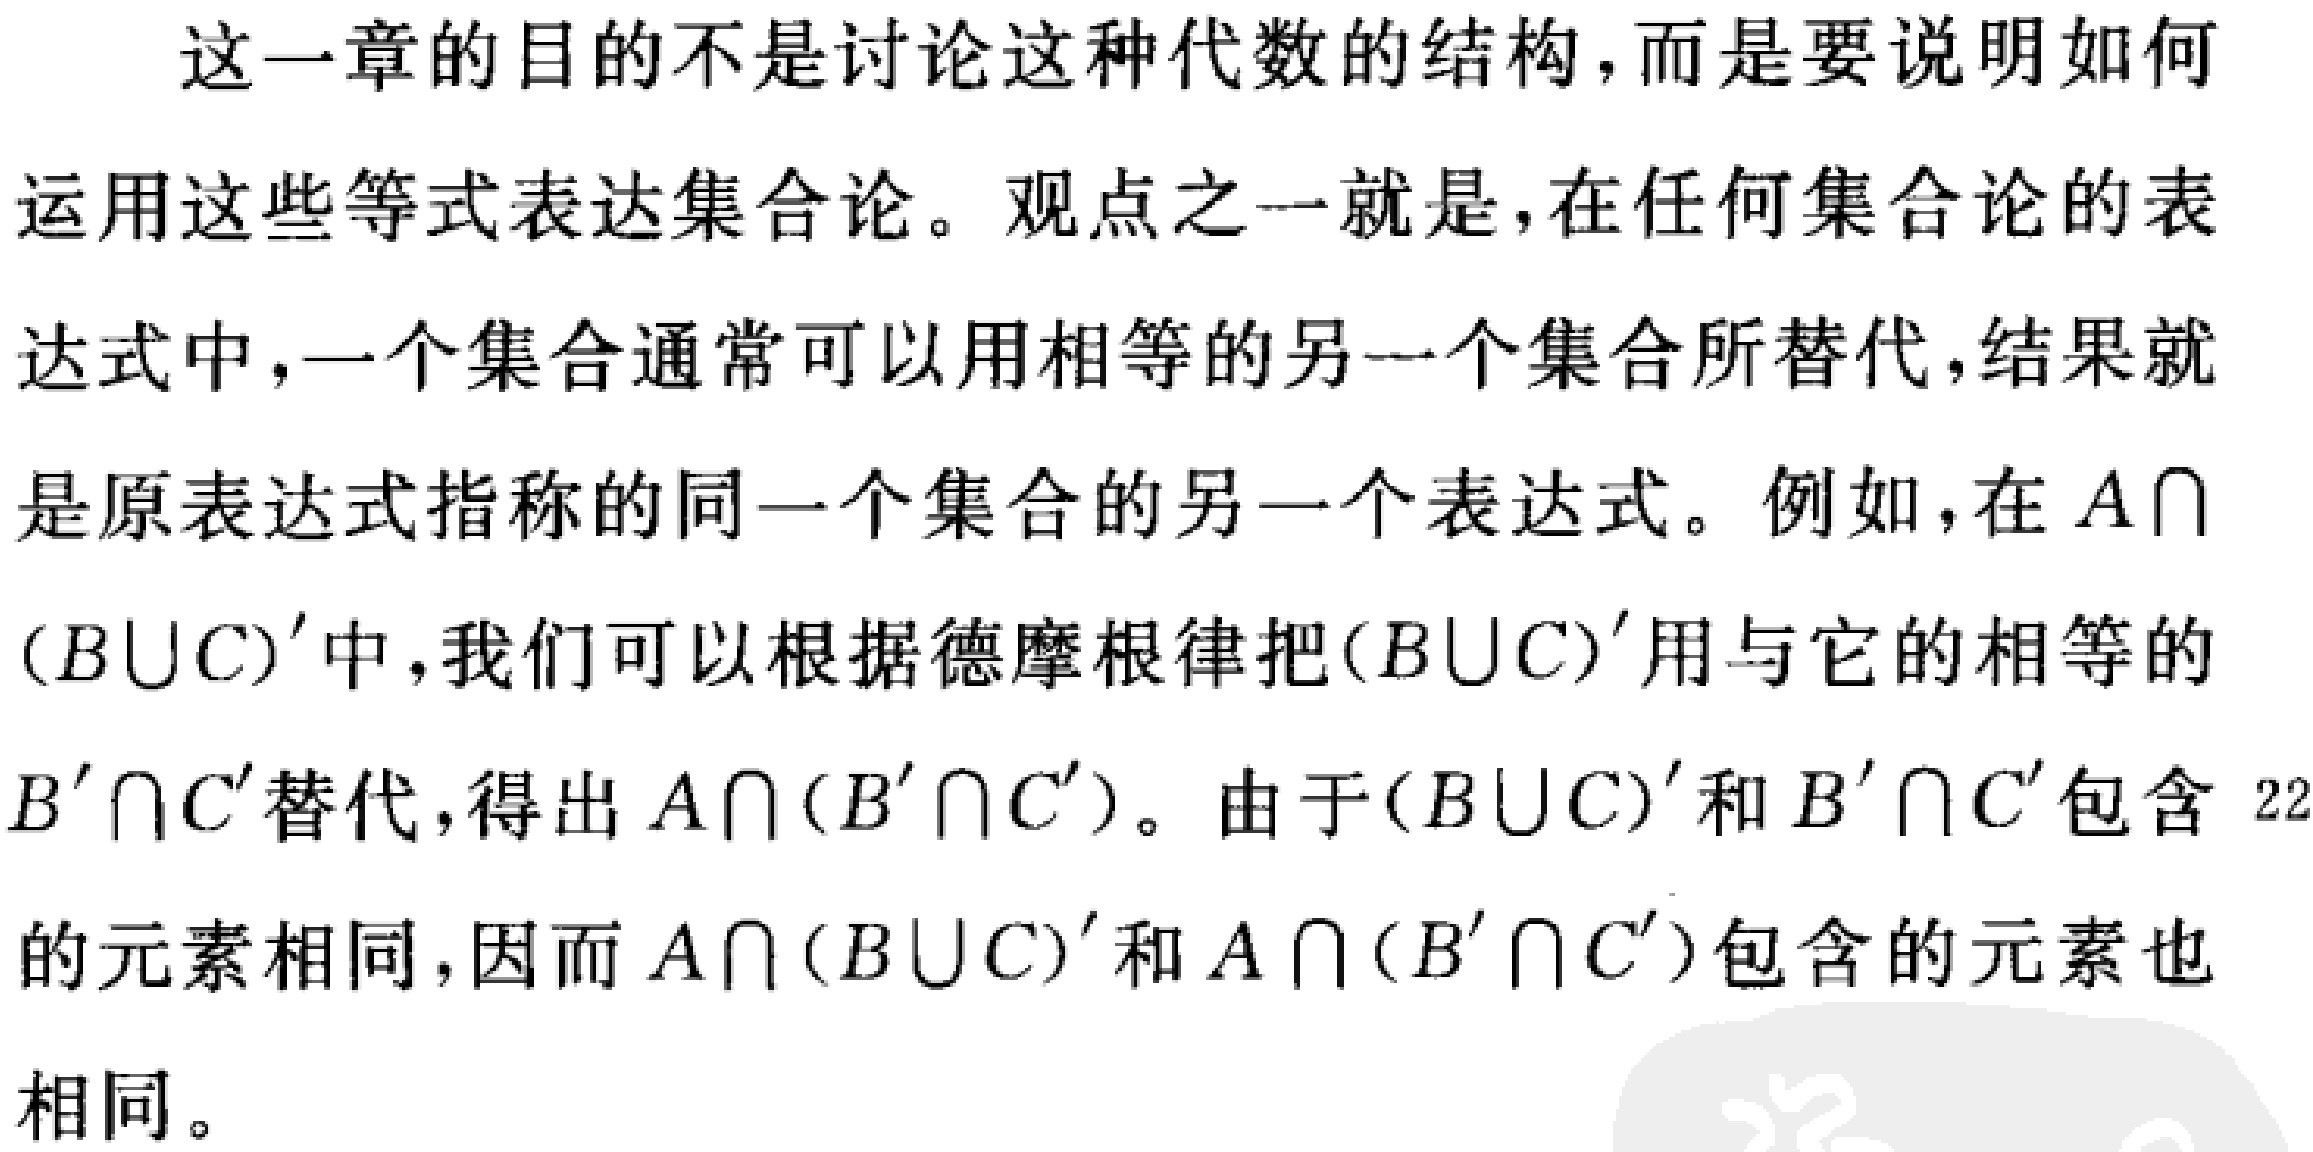
这一章的目的不是讨论这种代数的结构,而是要说明如何

运用这些等式表达集合论。观点之一就是,在任何集合论的表

达式中,一个集合通常可以用相等的另一个集合所替代,结果就

是原表达式指称的同一个集合的另一个表达式。例如,在 \(A\cap\)

\((B\cup C)'\)中,我们可以根据德摩根律把\((B\cup C)'\)用与它的相等的

\(B'\cap C'\)替代,得出 \(A\cap(B'\cap C')\)。由于\((B\cup C)'\)和 \(B'\cap C'\)包含 22

的元素相同,因而 \(A\cap(B\cup C)'\)和 \(A\cap(B'\cap C')\)包含的元素也

相同。